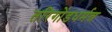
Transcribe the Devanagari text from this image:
तरिगोंडधर्मन्न